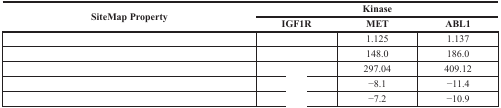
<table><thead><tr><td rowspan="2"><b>SiteMap Property</b></td><td colspan="3"><b>Kinase</b></td></tr><tr><td><b>IGF1R</b></td><td><b>MET</b></td><td><b>ABL1</b></td></tr></thead><tbody><tr><td>[EMPTY_CELL]</td><td>[EMPTY_CELL]</td><td>1.125</td><td>1.137</td></tr><tr><td>[EMPTY_CELL]</td><td>[EMPTY_CELL]</td><td>148.0</td><td>186.0</td></tr><tr><td>[EMPTY_CELL]</td><td>[EMPTY_CELL]</td><td>297.04</td><td>409.12</td></tr><tr><td>[EMPTY_CELL]</td><td>[EMPTY_CELL]</td><td>−8.1</td><td>−11.4</td></tr><tr><td>[EMPTY_CELL]</td><td>[EMPTY_CELL]</td><td>−7.2</td><td>−10.9</td></tr></tbody></table>